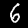
Digit: 6